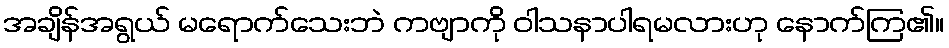
အချိန်အရွယ် မရောက်သေးဘဲ ကဗျာကို ဝါသနာပါရမလားဟု နောက်ကြ၏။